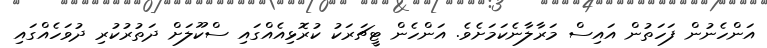
އަންހެނުން ފަހަތުން އައިސް މަރާލާނެކަމަށެވެ. އަންހެން ޓީޗަރަކު ކުރޮޅިއެއްގައި ސްކޫލަށް ދަތުރުކުރި ދުވަހެއްގައި